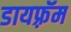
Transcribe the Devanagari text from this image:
डायफ़्रॅम